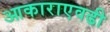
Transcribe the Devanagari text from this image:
आकाराएवढी